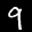
Label: 9